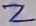
Text: 2